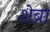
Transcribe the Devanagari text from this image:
शेब्रा